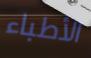
الأطباء